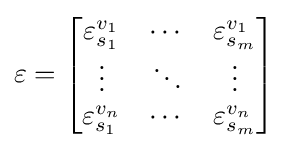
\mathbf {\varepsilon } ={\begin{bmatrix}\varepsilon _{s_{1}}^{v_{1}}&\cdots &\varepsilon _{s_{m}}^{v_{1}}\\\vdots &\ddots &\vdots \\\varepsilon _{s_{1}}^{v_{n}}&\cdots &\varepsilon _{s_{m}}^{v_{n}}\end{bmatrix}}